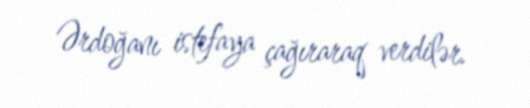
Ərdoğanı istefaya çağıraraq verdilər.